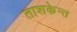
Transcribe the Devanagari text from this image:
ताशकेन्त